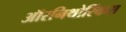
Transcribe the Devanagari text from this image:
ऑरनिथोरिंकस